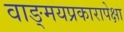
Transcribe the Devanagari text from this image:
वाङ्‌मयप्रकारापेक्षा